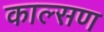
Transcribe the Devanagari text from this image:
काल्सण